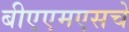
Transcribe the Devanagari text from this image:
बीएएमएसचे